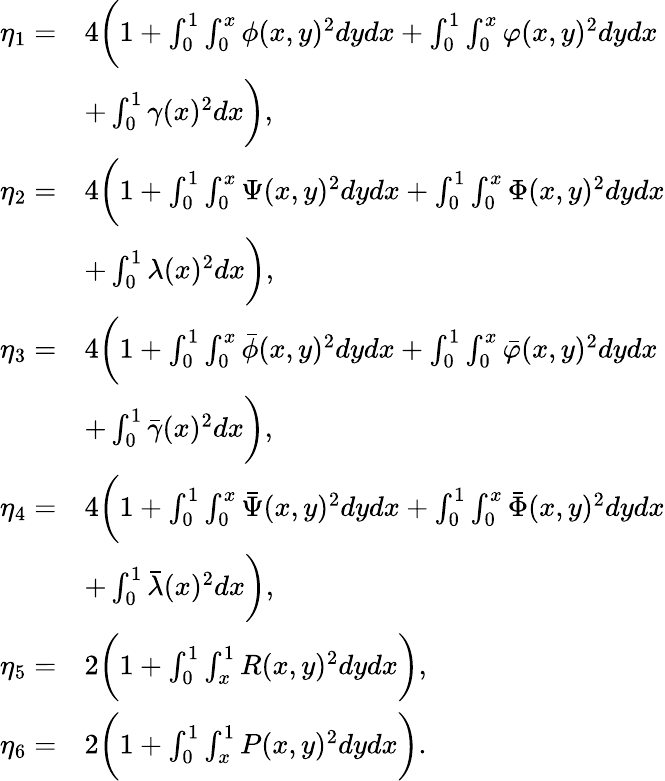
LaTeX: \begin{array}{rl}{\eta_{1}=}&{4\bigg(1+\int_{0}^{1}\int_{0}^{x}{\phi}(x,y)^{2}dydx+\int_{0}^{1}\int_{0}^{x}{\varphi}(x,y)^{2}dydx}\\ &{+\int_{0}^{1}\gamma(x)^{2}dx\bigg),}\\ {\eta_{2}=}&{4\bigg(1+\int_{0}^{1}\int_{0}^{x}{\Psi}(x,y)^{2}dydx+\int_{0}^{1}\int_{0}^{x}{\Phi}(x,y)^{2}dydx}\\ &{+\int_{0}^{1}\lambda(x)^{2}dx\bigg),}\\ {\eta_{3}=}&{4\bigg(1+\int_{0}^{1}\int_{0}^{x}{\bar{\phi}}(x,y)^{2}dydx+\int_{0}^{1}\int_{0}^{x}{\bar{\varphi}}(x,y)^{2}dydx}\\ &{+\int_{0}^{1}\bar{\gamma}(x)^{2}dx\bigg),}\\ {\eta_{4}=}&{4\bigg(1+\int_{0}^{1}\int_{0}^{x}{\bar{\Psi}}(x,y)^{2}dydx+\int_{0}^{1}\int_{0}^{x}{\bar{\Phi}}(x,y)^{2}dydx}\\ &{+\int_{0}^{1}\bar{\lambda}(x)^{2}dx\bigg),}\\ {\eta_{5}=}&{2\bigg(1+\int_{0}^{1}\int_{x}^{1}R(x,y)^{2}dydx\bigg),}\\ {\eta_{6}=}&{2\bigg(1+\int_{0}^{1}\int_{x}^{1}P(x,y)^{2}dydx\bigg).}\end{array}